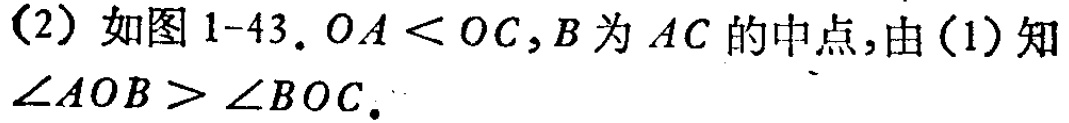
(2) 如图1-43. \(OA < OC\), \(B\)为\(AC\)的中点, 由(1)知\(\angle AOB > \angle BOC\).